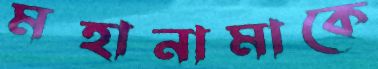
মহানামাকে